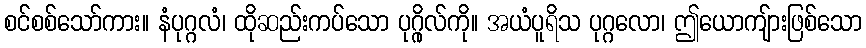
စင်စစ်သော်ကား။ နံပုဂ္ဂလံ၊ ထိုဆည်းကပ်သော ပုဂ္ဂိုလ်ကို။ အယံပူရိသ ပုဂ္ဂလော၊ ဤယောကျ်ားဖြစ်သော